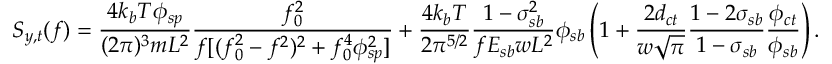
S _ { y , t } ( f ) = \frac { 4 k _ { b } T \phi _ { s p } } { ( 2 \pi ) ^ { 3 } m L ^ { 2 } } \frac { f _ { 0 } ^ { 2 } } { f [ ( f _ { 0 } ^ { 2 } - f ^ { 2 } ) ^ { 2 } + f _ { 0 } ^ { 4 } \phi _ { s p } ^ { 2 } ] } + \frac { 4 k _ { b } T } { 2 \pi ^ { 5 / 2 } } \frac { 1 - \sigma _ { s b } ^ { 2 } } { f E _ { s b } w L ^ { 2 } } \phi _ { s b } \left( 1 + \frac { 2 d _ { c t } } { w \sqrt { \pi } } \frac { 1 - 2 \sigma _ { s b } } { 1 - \sigma _ { s b } } \frac { \phi _ { c t } } { \phi _ { s b } } \right) .